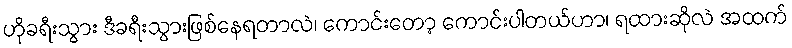
ဟိုခရီးသွား ဒီခရီးသွားဖြစ်နေရတာလဲ၊ ကောင်းတော့ ကောင်းပါတယ်ဟာ၊ ရထားဆိုလဲ အထက်